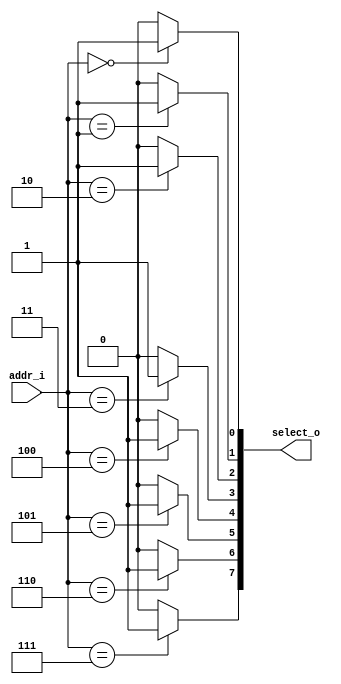

module decoder_3to8(
	input  [2:0] addr_i,
	output [7:0] select_o
);
assign select_o[0] = (addr_i == 3'd0) ? 1 : 0;
assign select_o[1] = (addr_i == 3'd1) ? 1 : 0;
assign select_o[2] = (addr_i == 3'd2) ? 1 : 0;
assign select_o[3] = (addr_i == 3'd3) ? 1 : 0;
assign select_o[4] = (addr_i == 3'd4) ? 1 : 0;
assign select_o[5] = (addr_i == 3'd5) ? 1 : 0;
assign select_o[6] = (addr_i == 3'd6) ? 1 : 0;
assign select_o[7] = (addr_i == 3'd7) ? 1 : 0;
endmodule